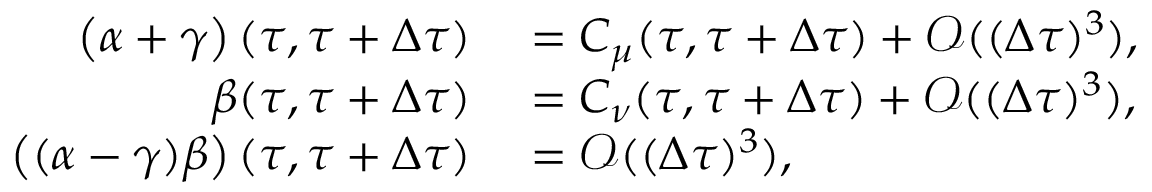
\begin{array} { r l } { \left( \alpha + \gamma \right) ( \tau , \tau + \Delta \tau ) } & { { } = C _ { \mu } ( \tau , \tau + \Delta \tau ) + \mathscr { O } ( ( \Delta \tau ) ^ { 3 } ) , } \\ { \beta ( \tau , \tau + \Delta \tau ) } & { { } = C _ { \nu } ( \tau , \tau + \Delta \tau ) + \mathscr { O } ( ( \Delta \tau ) ^ { 3 } ) , } \\ { \left( ( \alpha - \gamma ) \beta \right) ( \tau , \tau + \Delta \tau ) } & { { } = \mathscr { O } ( ( \Delta \tau ) ^ { 3 } ) , } \end{array}